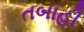
તબાહી